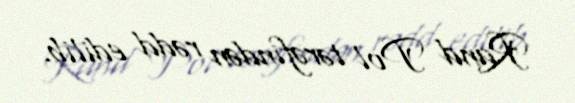
Rand Pol tərəfindən rədd edilib.